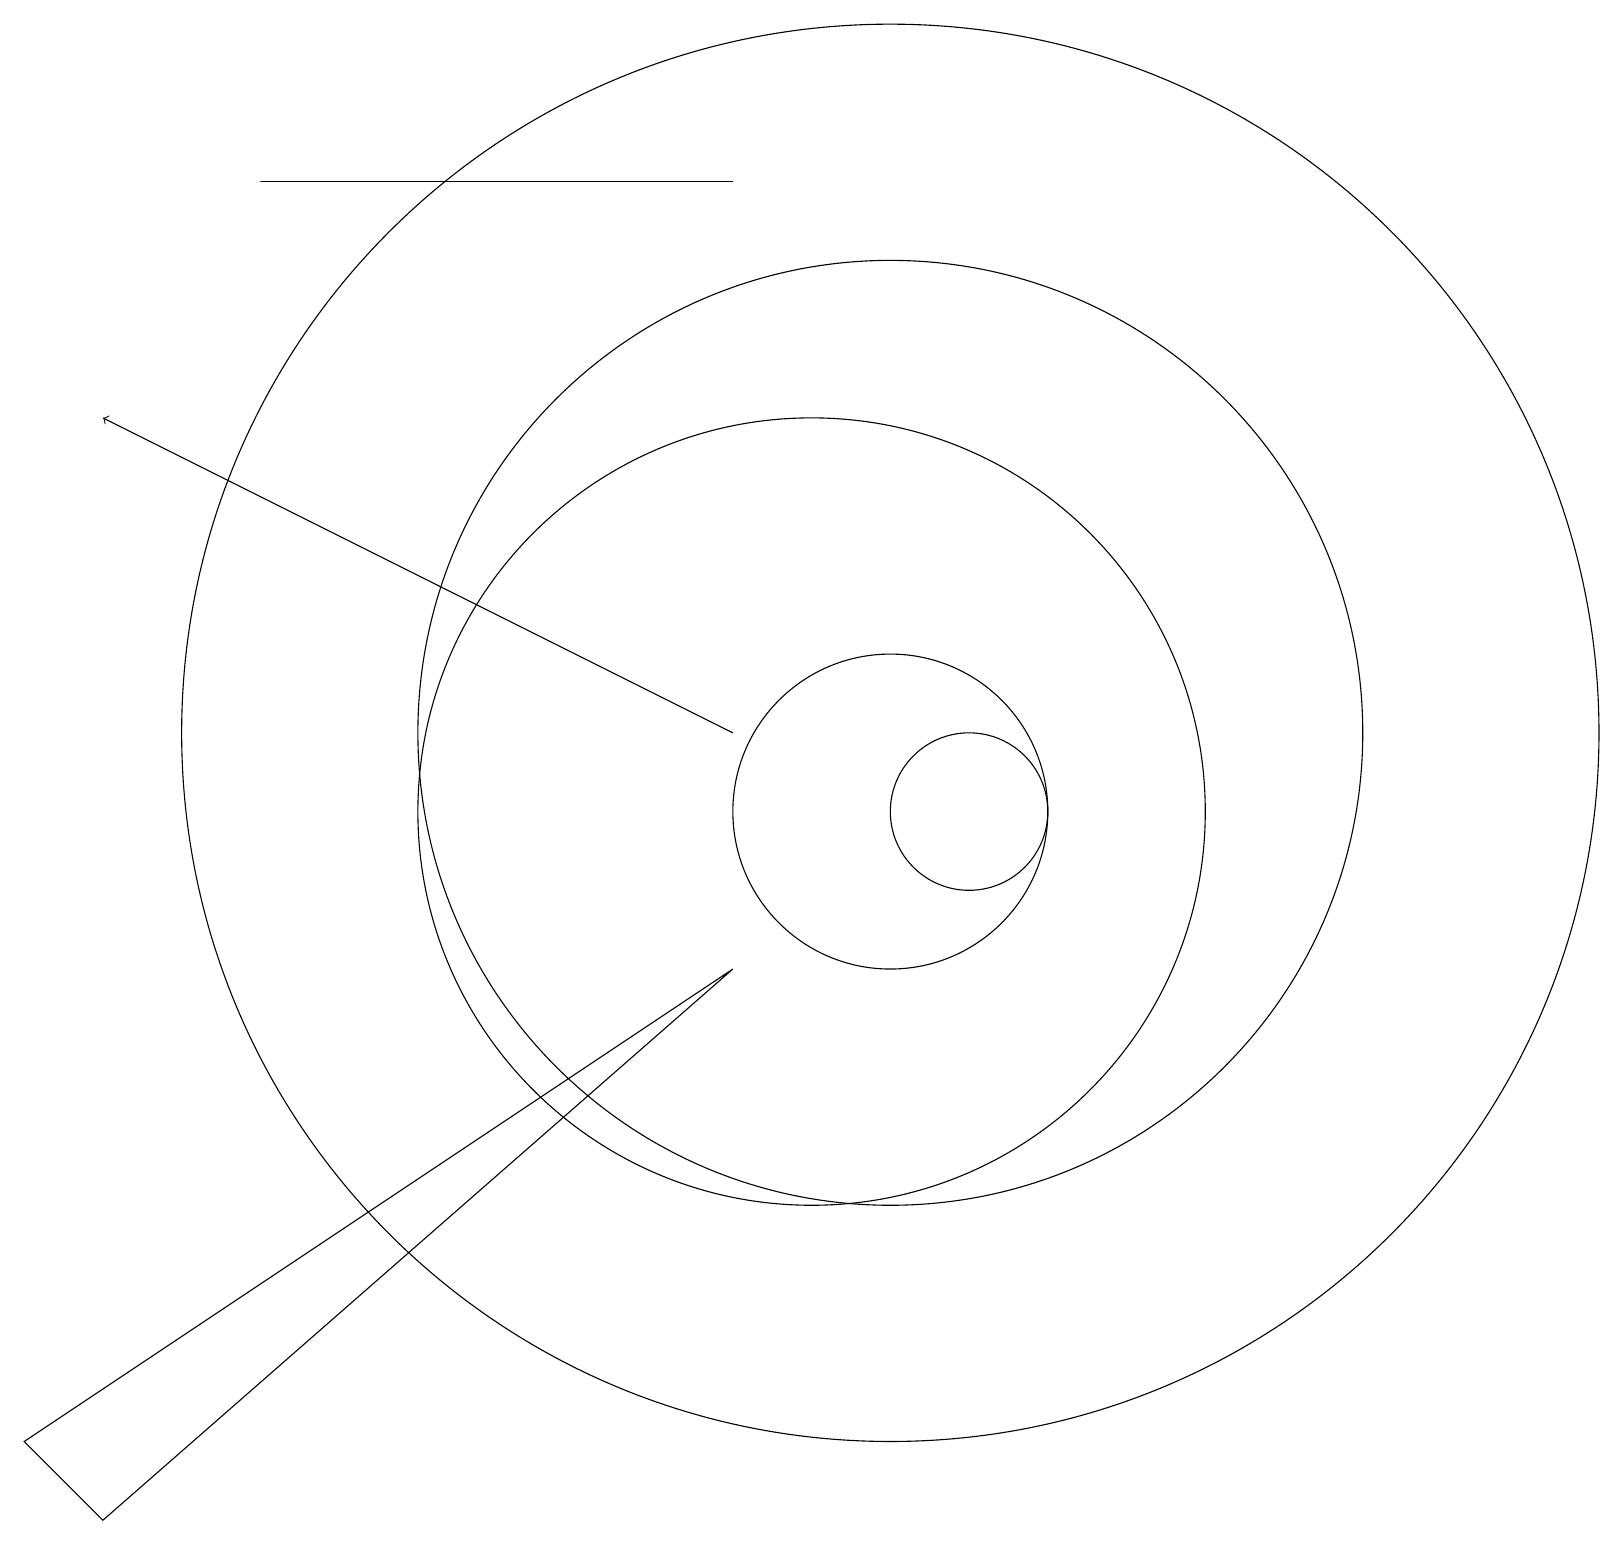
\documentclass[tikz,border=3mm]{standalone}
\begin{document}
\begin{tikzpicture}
\draw (10,11) circle (5);
\draw (11,11) circle (2);
\draw (11,12) circle (6);
\draw (12,11) circle (1);
\draw[->] (9,12) -- (1,16);
\draw (9,9) -- (0,3) -- (1,2) -- cycle;
\draw (9,19) rectangle (3,19);
\draw (11,12) circle (9);
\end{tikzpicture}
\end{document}